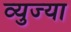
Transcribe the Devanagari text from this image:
व्युज्या